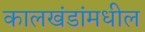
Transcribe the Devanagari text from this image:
कालखंडांमधील